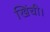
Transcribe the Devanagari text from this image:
खिंची।